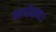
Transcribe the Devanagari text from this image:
आर्धषण।